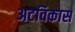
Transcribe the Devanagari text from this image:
अटविकास